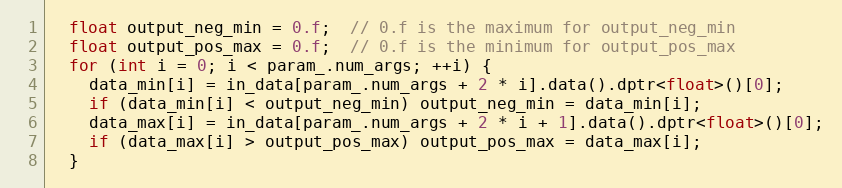
Language: C++
  float output_neg_min = 0.f;  // 0.f is the maximum for output_neg_min
  float output_pos_max = 0.f;  // 0.f is the minimum for output_pos_max
  for (int i = 0; i < param_.num_args; ++i) {
    data_min[i] = in_data[param_.num_args + 2 * i].data().dptr<float>()[0];
    if (data_min[i] < output_neg_min) output_neg_min = data_min[i];
    data_max[i] = in_data[param_.num_args + 2 * i + 1].data().dptr<float>()[0];
    if (data_max[i] > output_pos_max) output_pos_max = data_max[i];
  }